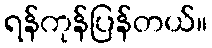
ရန်ကုန်ပြန်တယ်။